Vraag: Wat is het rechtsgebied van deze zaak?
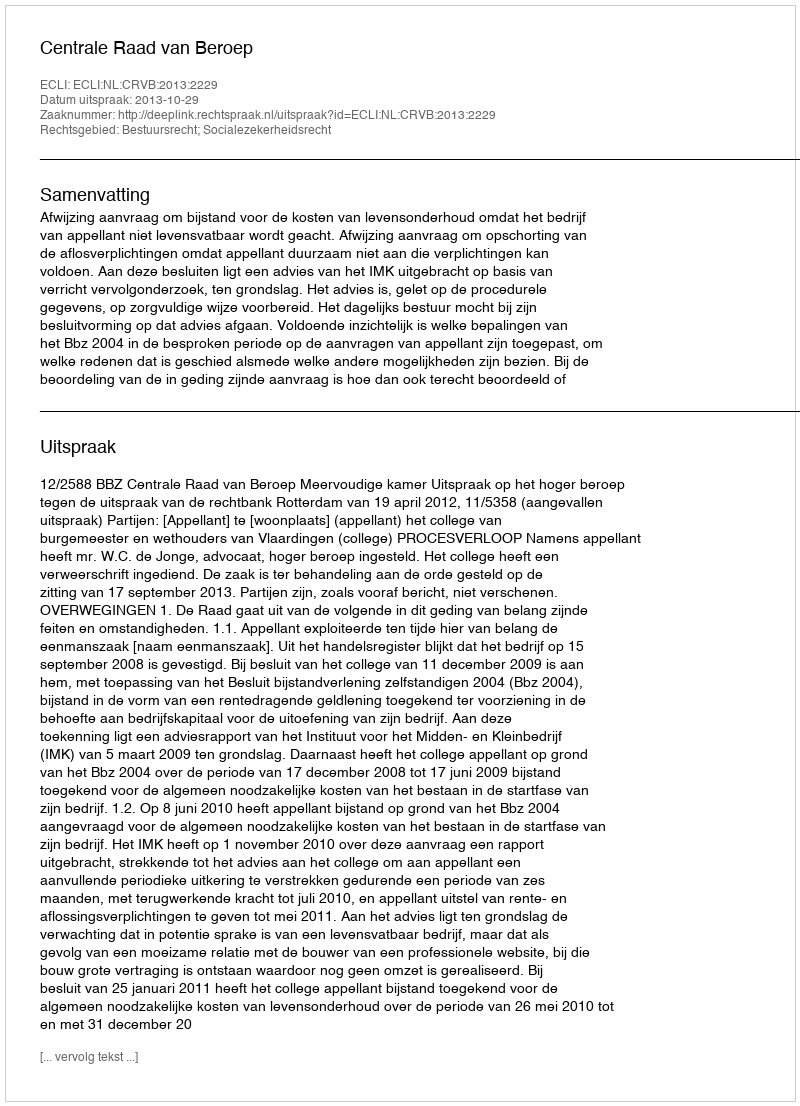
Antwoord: Bestuursrecht; Socialezekerheidsrecht